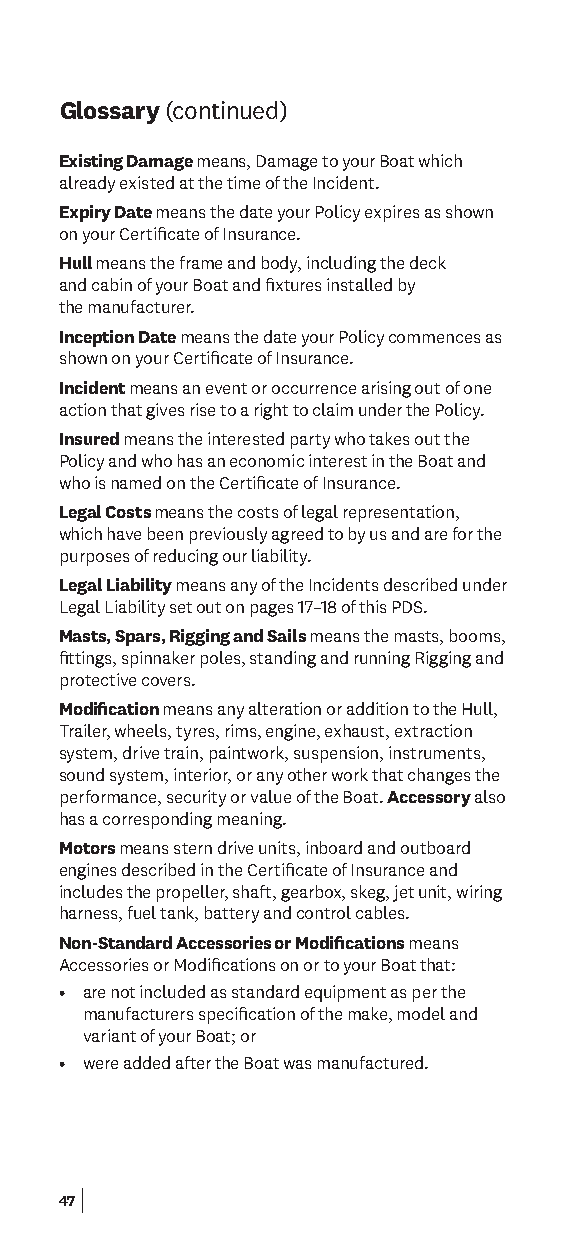
Glossary (continued)
 Existing Damage means, Damage to your Boat which
 already existed at the time of the Incident.
 Expiry Date means the date your Policy expires as shown
 on your Certifcate of Insurance.
 Hull means the frame and body, including the deck
 and cabin of your Boat and fxtures installed by
 the manufacturer.
 Inception Date means the date your Policy commences as
 shown on your Certifcate of Insurance.
 Incident means an event or occurrence arising out of one
 action that gives rise to a right to claim under the Policy.
 Insured means the interested party who takes out the
 Policy and who has an economic interest in the Boat and
 who is named on the Certifcate of Insurance.
 Legal Costs means the costs of legal representation,
 which have been previously agreed to by us and are for the
 purposes of reducing our liability.
 Legal Liability means any of the Incidents described under
 Legal Liability set out on pages 17–18 of this PDS.
 Masts, Spars, Rigging and Sails means the masts, booms,
 fttings, spinnaker poles, standing and running Rigging and
 protective covers.
 Modifcation means any alteration or addition to the Hull,
 Trailer, wheels, tyres, rims, engine, exhaust, extraction
 system, drive train, paintwork, suspension, instruments,
 sound system, interior, or any other work that changes the
 performance, security or value of the Boat. Accessory also
 has a corresponding meaning.
 Motors means stern drive units, inboard and outboard
 engines described in the Certifcate of Insurance and
 includes the propeller, shaft, gearbox, skeg, jet unit, wiring
 harness, fuel tank, battery and control cables.
 Non-Standard Accessories or Modifcations means
 Accessories or Modifcations on or to your Boat that:
 • are not included as standard equipment as per the
 manufacturers specifcation of the make, model and
 variant of your Boat; or
 • were added after the Boat was manufactured.
 47